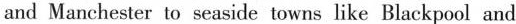
and Manchester to seaside towts like Blackpool and